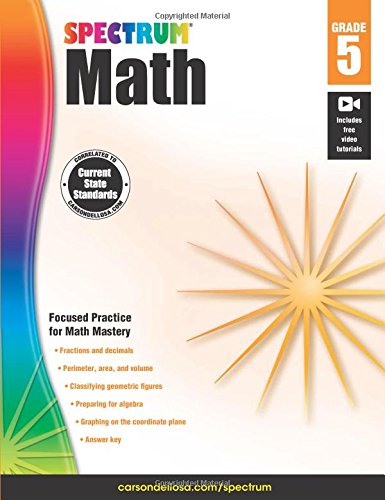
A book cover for Spectrum Math Workbook, Grade 5; Children's Books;